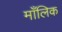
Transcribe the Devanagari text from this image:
माँलिक